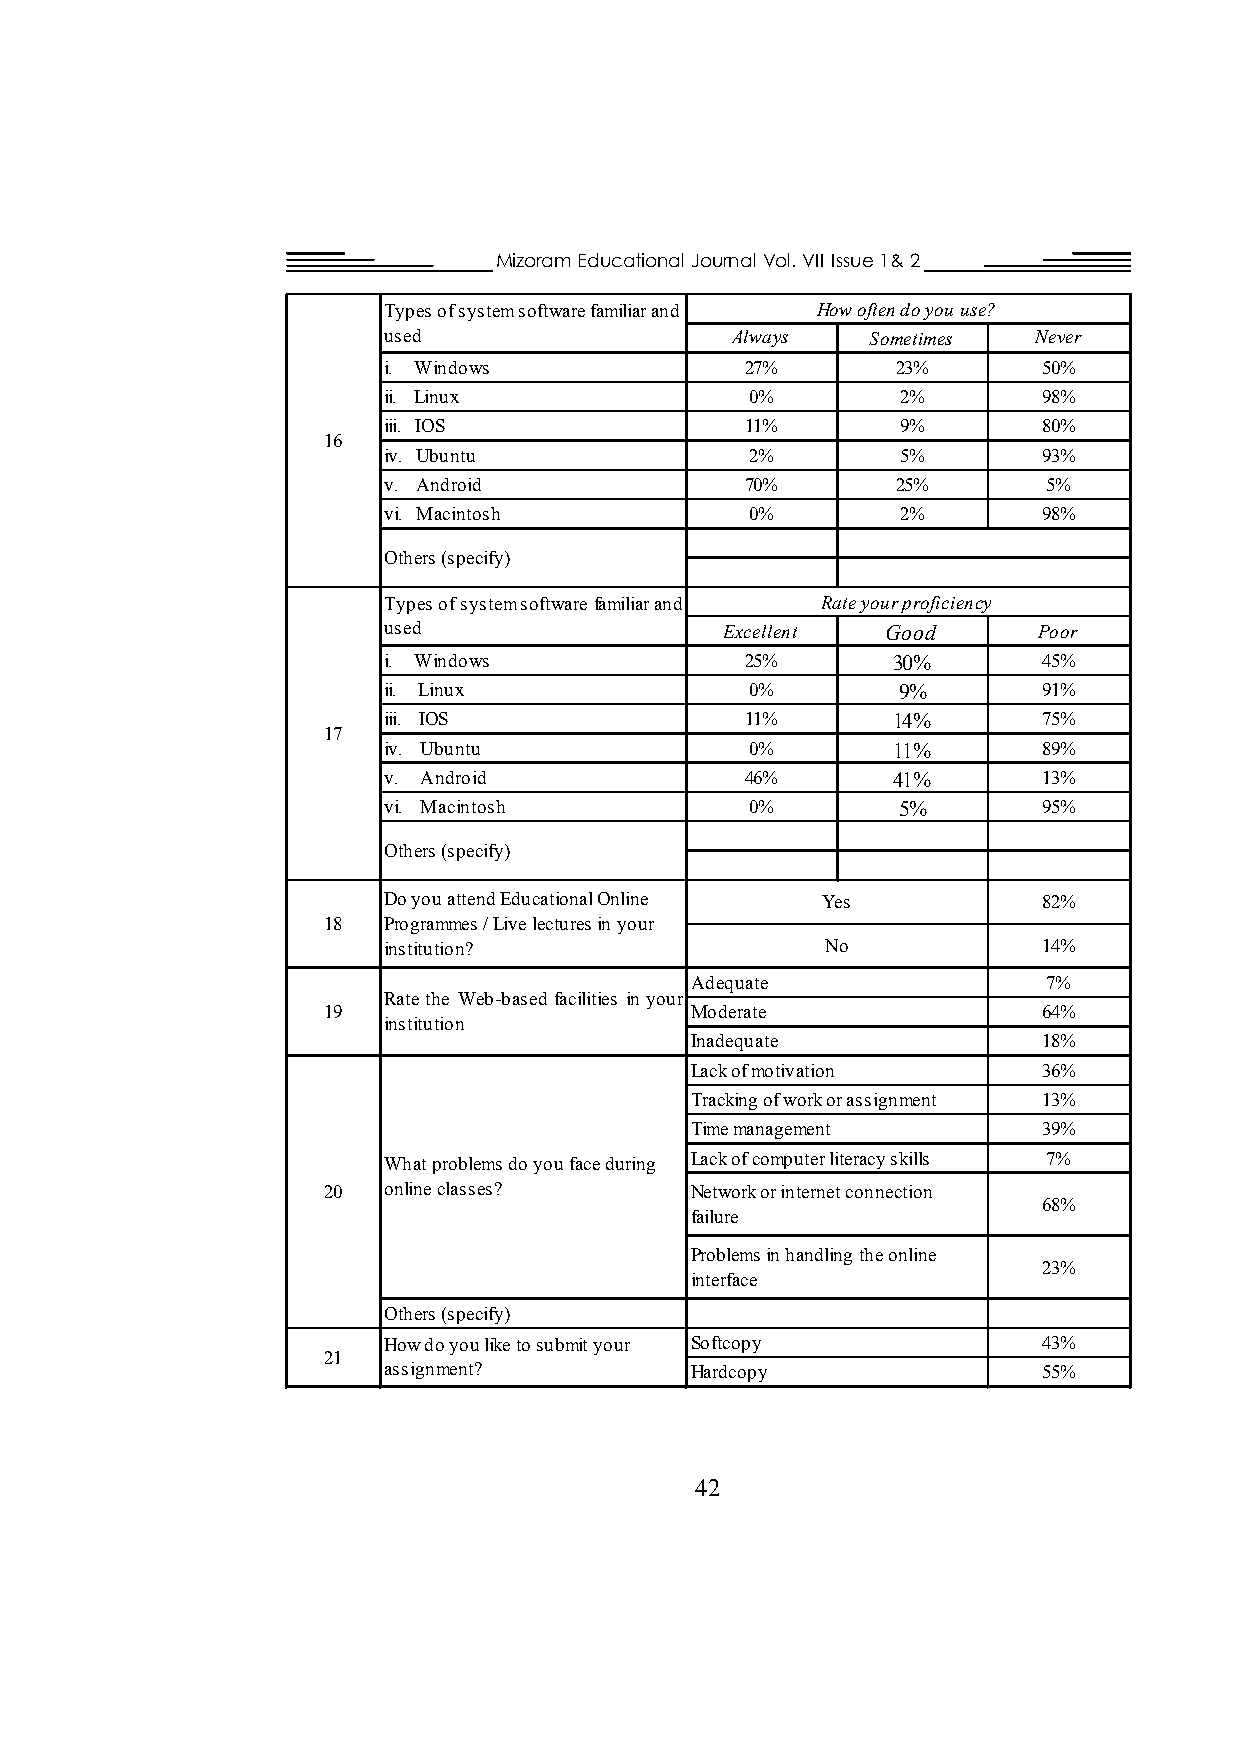
Mizoram Educational Journal Vol. VII Issue 1& 2
 Types of system software familiar and How often do you use?
 used                   Always    Sometimes Never
 i. Windows              27%       23%       50%
 ii. Linux                0%        2%       98%
 iii. IOS                11%        9%       80%
 16
 iv. Ubuntu               2%        5%       93%
 v. Android              70%       25%       5%
 vi. Macintosh            0%        2%       98%
 Others (specify)
 Typesofsystemsoftware familiarand Rate your proficiency
 used                   Excellent  Good      Poor
 i. Windows              25%       30%       45%
 ii. Linux                0%       9%        91%
 iii. IOS                11%       14%       75%
 17
 iv. Ubuntu               0%       11%       89%
 v. Android              46%       41%       13%
 vi. Macintosh            0%       5%        95%
 Others (specify)
 Do you attend Educational Online Yes        82%
 18  Programmes / Live lectures in your
 institution?                  No            14%
 Adequate               7%
 Ratethe Web-based facilities in your
 19                       Moderate               64%
 institution
 Inadequate             18%
 Lack of motivation     36%
 Tracking of work or assignment 13%
 Time management        39%
 What problems do you face during Lack of computer literacy skills 7%
 20  online classes?      Network or internet connection
 68%
 failure
 Problems in handling the online
 23%
 interface
 Others (specify)
 How do you like to submit your Softcopy     43%
 21
 assignment?          Hardcopy               55%
 42